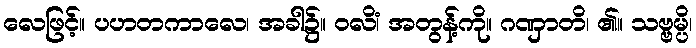
လေဖြင့်။ ပဟတကာလေ၊ အခါ၌။ ဝလိံ၊ အတွန့်ကို။ ဂဏှာတိ၊ ၏။ သဗ္ဗမ္ပိ၊